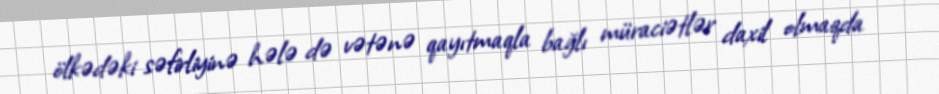
ölkədəki səfirliyinə hələ də vətənə qayıtmaqla bağlı müraciətlər daxil olmaqda